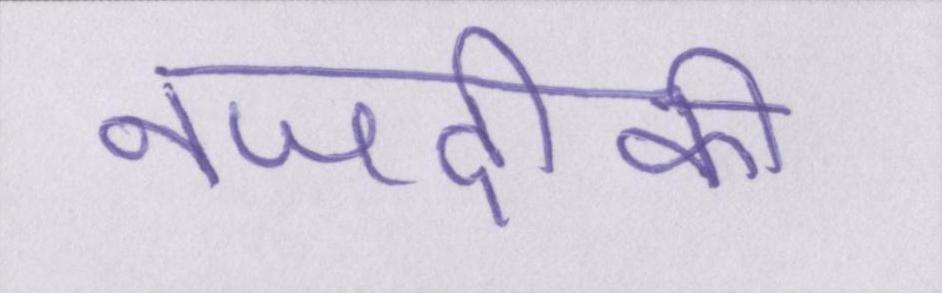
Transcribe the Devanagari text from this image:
नजदीकी